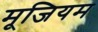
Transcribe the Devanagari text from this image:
मूजियम